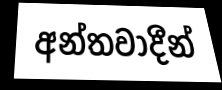
අන්තවාදීන්